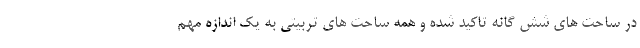
در ساحت های شش گانه تاکید شده و همه ساحت های تربیتی به یک اندازه مهم